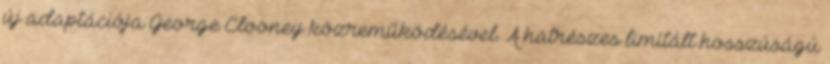
új adaptációja George Clooney közreműködésével. A hatrészes limitált hosszúságú